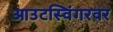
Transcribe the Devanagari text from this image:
आउटस्विंगरवर